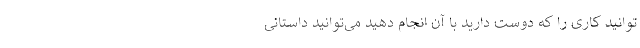
‌توانید کاری را که دوست دارید با آن انجام دهید می‌توانید داستانی